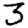
Digit: 3